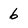
Character: 6